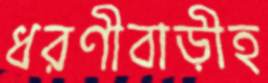
ধরণীবাড়ীহ